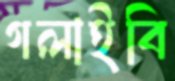
গলাইবি